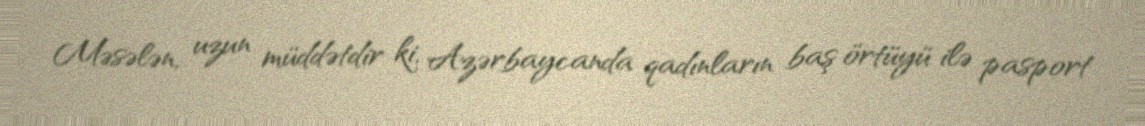
Məsələn, uzun müddətdir ki, Azərbaycanda qadınların baş örtüyü ilə pasport